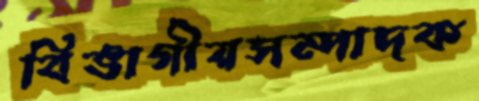
বিভাগীয়সম্পাদক